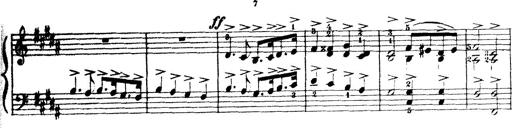
Title: Wagner-Liszt Album
Composer: Franz Liszt